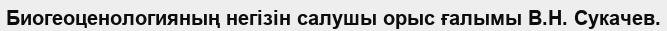
Биогеоценологияның негізін салушы орыс ғалымы В.Н. Сукачев.